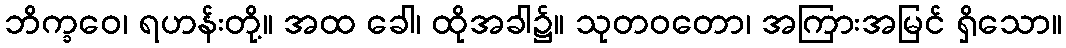
ဘိက္ခဝေ၊ ရဟန်းတို့။ အထ ခေါ၊ ထိုအခါ၌။ သုတဝတော၊ အကြားအမြင် ရှိသော။